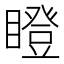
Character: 瞪